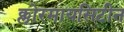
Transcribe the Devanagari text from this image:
क्लोरमायसिटीन